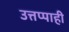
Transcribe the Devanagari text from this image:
उत्तप्पाही